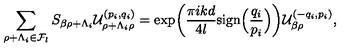
\sum _ { \rho + \Lambda _ { i } \in { \cal F } _ { l } } S _ { \beta \rho + \Lambda _ { i } } { \cal U } _ { \rho + \Lambda _ { i } \rho } ^ { ( p _ { i } , q _ { i } ) } = \exp \biggl ( { \frac { \pi i k d } { 4 l } } \mathrm { s i g n } \Bigl ( { \frac { q _ { i } } { p _ { i } } } \Bigr ) \biggr ) { \cal U } _ { \beta \rho } ^ { ( - q _ { i } , p _ { i } ) } ,